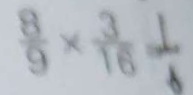
\frac { 8 } { 9 } \times \frac { 3 } { 1 6 } = \frac { 1 } { 6 }